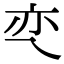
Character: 亪